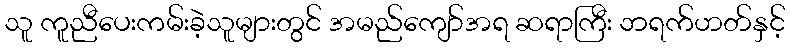
သူ ကူညီပေးကမ်းခဲ့သူများတွင် အမည်ကျော်အရ ဆရာကြီး ဘရက်ဟတ်နှင့်